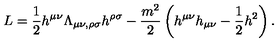
L = \frac { 1 } { 2 } h ^ { \mu \nu } \Lambda _ { \mu \nu , \rho \sigma } h ^ { \rho \sigma } - \frac { m ^ { 2 } } { 2 } \left( h ^ { \mu \nu } h _ { \mu \nu } - \frac { 1 } { 2 } h ^ { 2 } \right) .